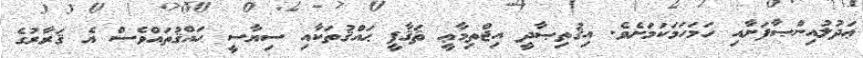
ޢަދުލުއިންޞާފަށާއި ހަމަހަމަކަމަށެވެ. އިޤުތިޞާދީ އިޖްތިމާޢީ ޘަޤާފީ ޙައްޤުތަކާއި ސިޔާސީ ޙައްޤުތައްވެސް އެ ޤަރާރުގެ